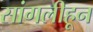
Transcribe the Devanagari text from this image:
सांगलीहून